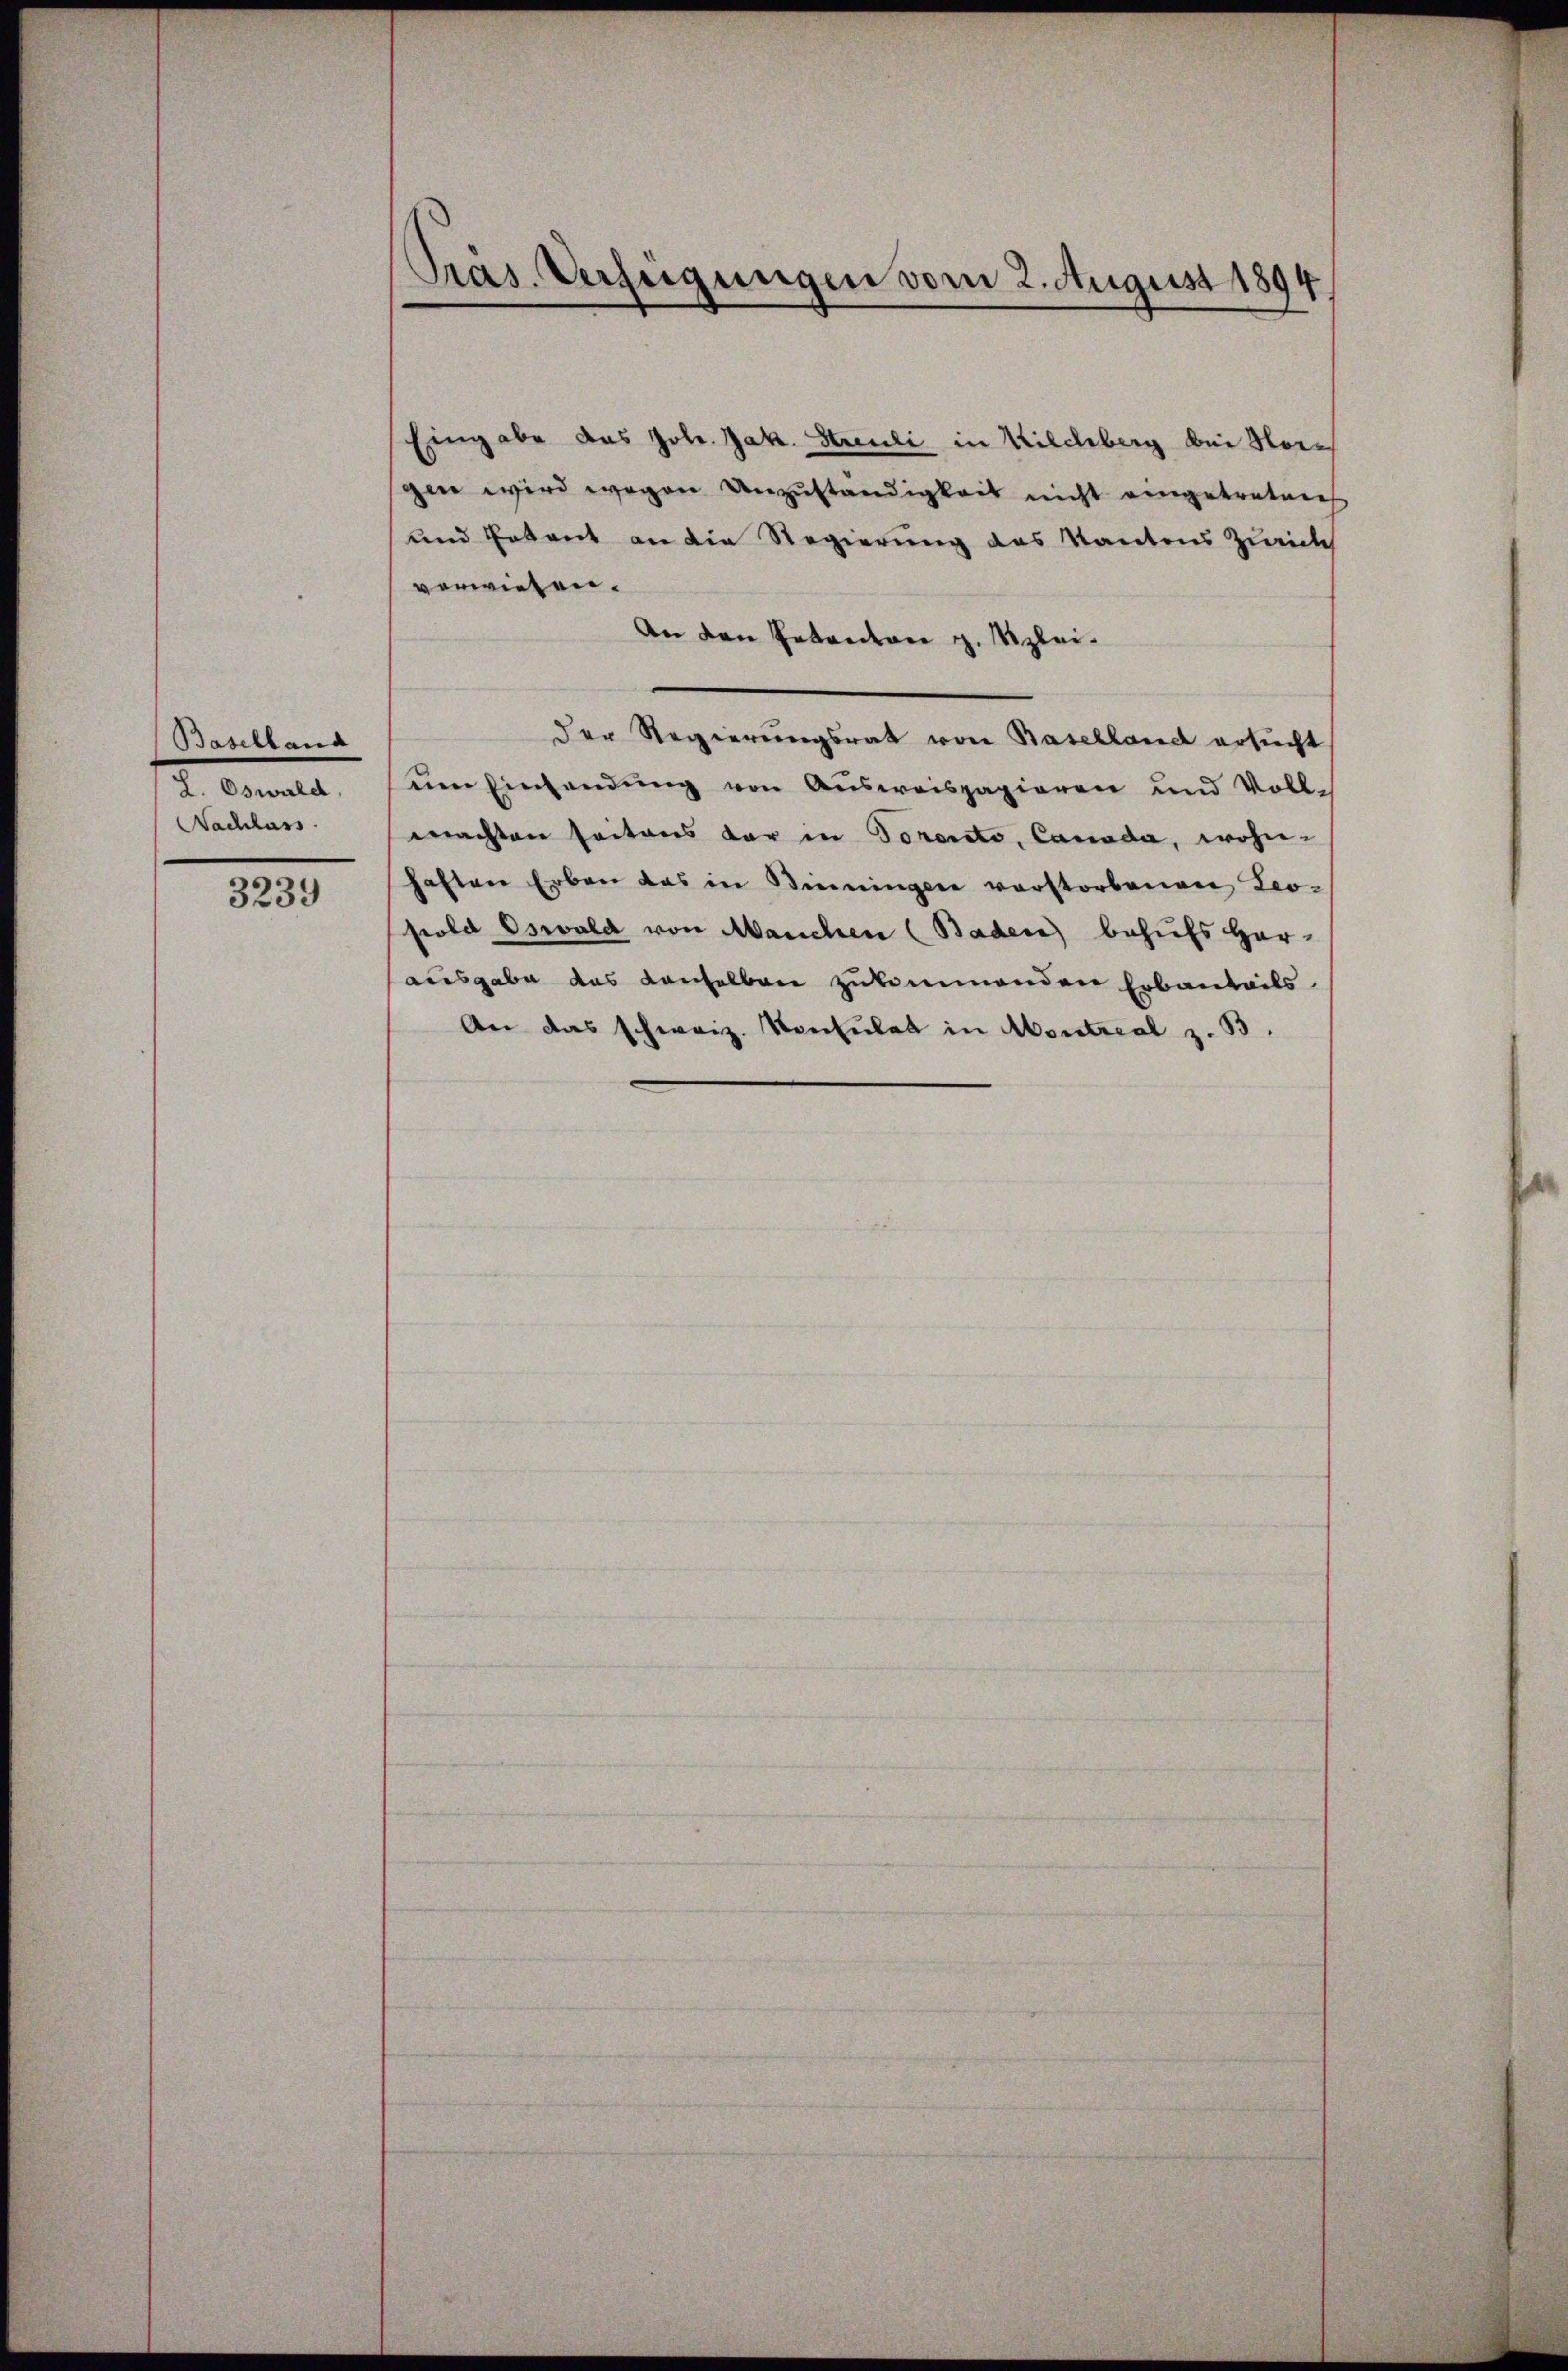
Baselland
2. Canal
Nachlass

3239

Präs. Verfügungen vom 2. August 1894

Eingabe das Joh. Jak. Streuli in Kilchberg bei Norgen wird wegen Unzuständigkeit nicht eingetreten
und Entent an die Regierung des Kantons Zürich
vorwiesen.
An den Petenton z. Kleider Regierungsrat von Baselland ersucht
um Einsendung von Ausweispapieren und Vollmachten seitens der in Torento, Canada, wohn-
haften Erben das in Benningen verstorbenen Leosiold Oswald von Manchen (Baden behufs Her-
ausgabe das denselben zukommenden Erbauteils
An das schweiz. Konsulat in Montreal z. B.